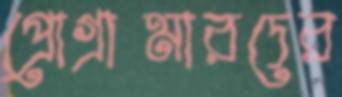
প্রোগ্রামারদের